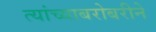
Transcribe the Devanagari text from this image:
त्यांच्याबरोबरीने